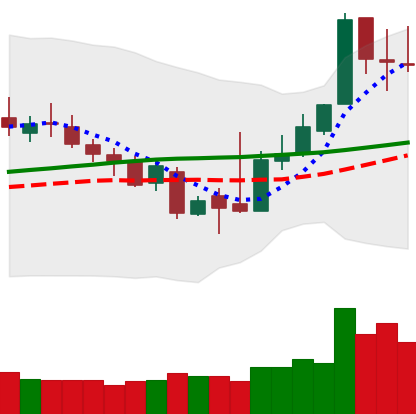
Ticker: XLM-USD
Chart end date: 2018-11-09
Forward return: -8.804%
Label: down_7plus